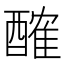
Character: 𨢜